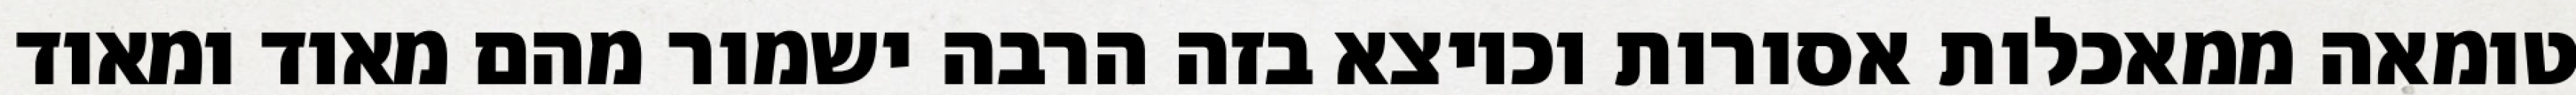
טומאה ממאכלות אסורות וכיוצא בזה הרבה ישמור מהם מאוד ומאוד